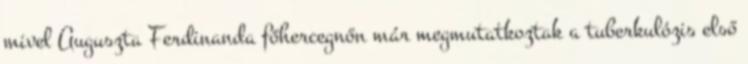
mivel Auguszta Ferdinanda főhercegnőn már megmutatkoztak a tuberkulózis első